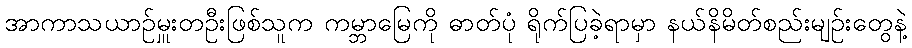
အာကာသယာဉ်မှူးတဦးဖြစ်သူက ကမ္ဘာမြေကို ဓာတ်ပုံ ရိုက်ပြခဲ့ရာမှာ နယ်နိမိတ်စည်းမျဉ်းတွေနဲ့